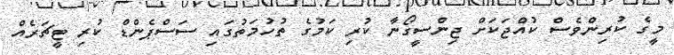
މީގެ ކުރިންވެސް ކުއްޖަކަށް ޖިންސީގޯނާ ކުރި ކަމުގެ ތުހުމަތުގައި ސަސްޕެންޑް ކުރި ޓީޗަރެއް